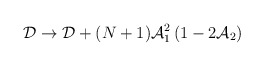
\begin{align*}{\cal D}\rightarrow {\cal D} + (N+1){\cal A}_1^2\left(1 - 2{\cal A}_2\right)\end{align*}